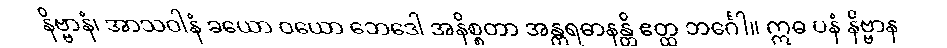
နိဗ္ဗာနံ၊ အာသဝါနံ ခယော ဝယော ဘေဒေါ အနိစ္စတာ အန္တရဓာနန္တိ ဧတ္ထ ဘင်္ဂေါ။ ဣဓ ပနံ နိဗ္ဗာန